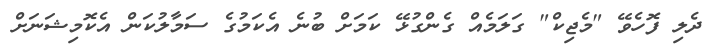
ދެލި ފޮހެވޭ "މެޖިކް" ގަލަމެއް ގެންގުޅޭ ކަމަށް ބުނެ އެކަމުގެ ސަމާލުކަން އެކޮމިޝަނަށް